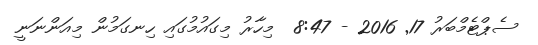
ސެޕްޓެމްބަރު 17